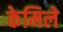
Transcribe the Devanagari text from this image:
केमिले